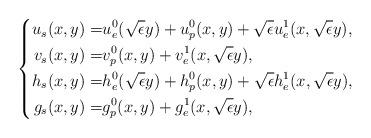
LaTeX: \begin{align*}\left \{\begin{aligned}u_s(x,y)=&u^0_e(\sqrt{\epsilon}y)+u^0_p(x,y)+\sqrt{\epsilon}u^1_e(x,\sqrt{\epsilon}y),\\v_s(x,y)=&v^0_p(x,y)+v^1_e(x,\sqrt{\epsilon }y),\\h_s(x,y)=&h^0_e(\sqrt{\epsilon}y)+h^0_p(x,y)+\sqrt{\epsilon}h^1_e(x,\sqrt{\epsilon}y),\\g_s(x,y)=&g^0_p(x,y)+g^1_e(x,\sqrt{\epsilon }y),\end{aligned}\right.\end{align*}